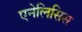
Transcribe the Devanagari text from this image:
एनेलिसिस